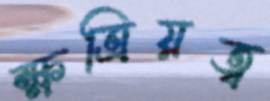
ক্ষত্রিয়ত্ব